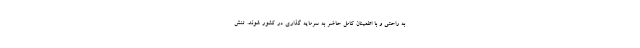
به راحتی و با اطمینان کامل حاضر به سرمایه گذاری در کشور شوند. تنش